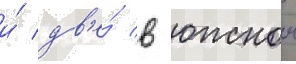
и́ дв'е́ в южнои